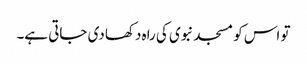
تو اس کو مسجد نبوی کی راہ دکھا دی جاتی ہے۔